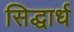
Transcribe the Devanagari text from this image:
सिद्धार्ध